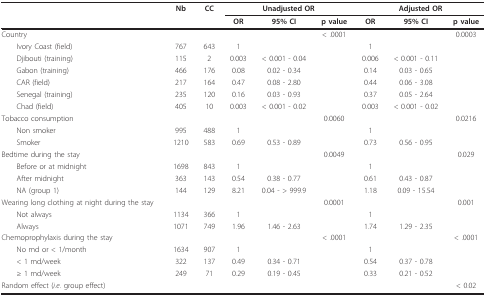
<table><thead><tr><td></td><td><b>Nb</b></td><td><b>CC</b></td><td colspan="3"><b>Unadjusted OR</b></td><td colspan="3"><b>Adjusted OR</b></td></tr><tr><td></td><td></td><td></td><td><b>OR</b></td><td><b>95% CI</b></td><td><b>p value</b></td><td><b>OR</b></td><td><b>95% CI</b></td><td><b>p value</b></td></tr></thead><tbody><tr><td>Country</td><td></td><td></td><td></td><td></td><td>&lt; .0001</td><td></td><td></td><td>0.0003</td></tr><tr><td> Ivory Coast (field)</td><td>767</td><td>643</td><td>1</td><td></td><td></td><td>1</td><td></td><td></td></tr><tr><td> Djibouti (training)</td><td>115</td><td>2</td><td>0.003</td><td>&lt; 0.001 - 0.04</td><td></td><td>0.006</td><td>&lt; 0.001 - 0.11</td><td></td></tr><tr><td> Gabon (training)</td><td>466</td><td>176</td><td>0.08</td><td>0.02 - 0.34</td><td></td><td>0.14</td><td>0.03 - 0.65</td><td></td></tr><tr><td> CAR (field)</td><td>217</td><td>164</td><td>0.47</td><td>0.08 - 2.80</td><td></td><td>0.44</td><td>0.06 - 3.08</td><td></td></tr><tr><td> Senegal (training)</td><td>235</td><td>120</td><td>0.16</td><td>0.03 - 0.93</td><td></td><td>0.37</td><td>0.05 - 2.64</td><td></td></tr><tr><td> Chad (field)</td><td>405</td><td>10</td><td>0.003</td><td>&lt; 0.001 - 0.02</td><td></td><td>0.003</td><td>&lt; 0.001 - 0.02</td><td></td></tr><tr><td>Tobacco consumption</td><td></td><td></td><td></td><td></td><td>0.0060</td><td></td><td></td><td>0.0216</td></tr><tr><td> Non smoker</td><td>995</td><td>488</td><td>1</td><td></td><td></td><td>1</td><td></td><td></td></tr><tr><td> Smoker</td><td>1210</td><td>583</td><td>0.69</td><td>0.53 - 0.89</td><td></td><td>0.73</td><td>0.56 - 0.95</td><td></td></tr><tr><td>Bedtime during the stay</td><td></td><td></td><td></td><td></td><td>0.0049</td><td></td><td></td><td>0.029</td></tr><tr><td> Before or at midnight</td><td>1698</td><td>843</td><td>1</td><td></td><td></td><td>1</td><td></td><td></td></tr><tr><td> After midnight</td><td>363</td><td>143</td><td>0.54</td><td>0.38 - 0.77</td><td></td><td>0.61</td><td>0.43 - 0.87</td><td></td></tr><tr><td> NA (group 1)</td><td>144</td><td>129</td><td>8.21</td><td>0.04 - &gt; 999.9</td><td></td><td>1.18</td><td>0.09 - 15.54</td><td></td></tr><tr><td>Wearing long clothing at night during the stay</td><td></td><td></td><td></td><td></td><td>0.0001</td><td></td><td></td><td>0.001</td></tr><tr><td> Not always</td><td>1134</td><td>366</td><td>1</td><td></td><td></td><td>1</td><td></td><td></td></tr><tr><td> Always</td><td>1071</td><td>749</td><td>1.96</td><td>1.46 - 2.63</td><td></td><td>1.74</td><td>1.29 - 2.35</td><td></td></tr><tr><td>Chemoprophylaxis during the stay</td><td></td><td></td><td></td><td></td><td>&lt; .0001</td><td></td><td></td><td>&lt; .0001</td></tr><tr><td> No md or &lt; 1/month</td><td>1634</td><td>907</td><td>1</td><td></td><td></td><td>1</td><td></td><td></td></tr><tr><td> &lt; 1 md/week</td><td>322</td><td>137</td><td>0.49</td><td>0.34 - 0.71</td><td></td><td>0.54</td><td>0.37 - 0.78</td><td></td></tr><tr><td> ≥ 1 md/week</td><td>249</td><td>71</td><td>0.29</td><td>0.19 - 0.45</td><td></td><td>0.33</td><td>0.21 - 0.52</td><td></td></tr><tr><td>Random effect (<i>i.e</i>. group effect)</td><td></td><td></td><td></td><td></td><td></td><td></td><td></td><td>&lt; 0.02</td></tr></tbody></table>